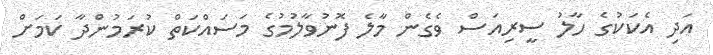
އަދި އެކަކުގެ ހާލު ސީރިއަސް ވެގެން މާލެ ފޮނުވާލުމުގެ މަސައްކަތް ކުރަމުންދާ ކަމަށް